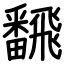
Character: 飜